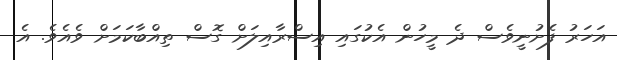
އަހަރު ފެށުނީވެސް ދެ މީހުން އެކުގައި އިސްރާއިލަށް ގޮސް ތިއްބާކަމަށް ވެއެވެ. އެ